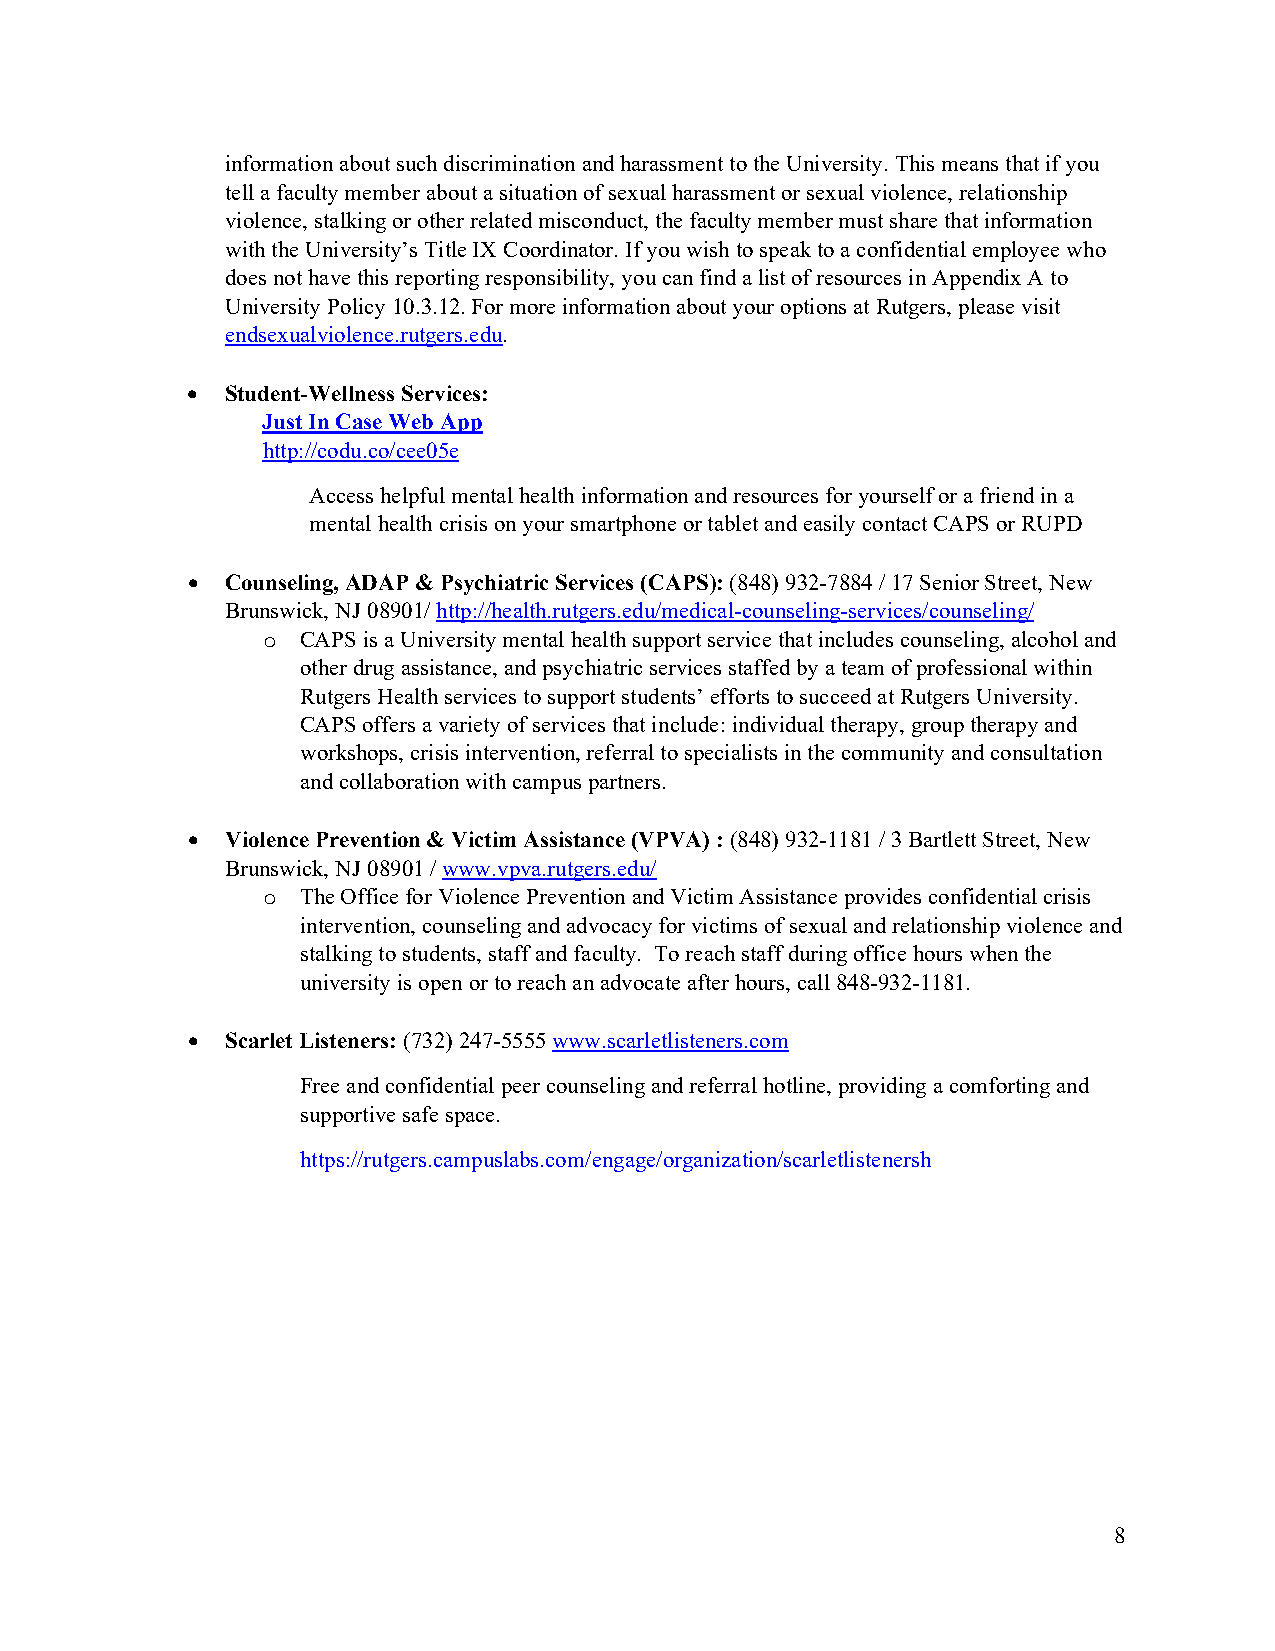
information about such discrimination and harassment to the University. This means that if you
 tell a faculty member about a situation of sexual harassment or sexual violence, relationship
 violence, stalking or other related misconduct, the faculty member must share that information
 with the University’s Title IX Coordinator. If you wish to speak to a confidential employee who
 does not have this reporting responsibility, you can find a list of resources in Appendix A to
 University Policy 10.3.12. For more information about your options at Rutgers, please visit
 endsexualviolence.rutgers.edu.
   Student-Wellness Services:
 Just In Case Web App
 http://codu.co/cee05e
 Access helpful mental health information and resources for yourself or a friend in a
 mental health crisis on your smartphone or tablet and easily contact CAPS or RUPD
   Counseling, ADAP & Psychiatric Services (CAPS): (848) 932-7884 / 17 Senior Street, New
 Brunswick, NJ 08901/ http://health.rutgers.edu/medical-counseling-services/counseling/
 o  CAPS is a University mental health support service that includes counseling, alcohol and
 other drug assistance, and psychiatric services staffed by a team of professional within
 Rutgers Health services to support students’ efforts to succeed at Rutgers University.
 CAPS offers a variety of services that include: individual therapy, group therapy and
 workshops, crisis intervention, referral to specialists in the community and consultation
 and collaboration with campus partners.
   Violence Prevention & Victim Assistance (VPVA) : (848) 932-1181 / 3 Bartlett Street, New
 Brunswick, NJ 08901 / www.vpva.rutgers.edu/
 o  The Office for Violence Prevention and Victim Assistance provides confidential crisis
 intervention, counseling and advocacy for victims of sexual and relationship violence and
 stalking to students, staff and faculty. To reach staff during office hours when the
 university is open or to reach an advocate after hours, call 848-932-1181.
   Scarlet Listeners: (732) 247-5555 www.scarletlisteners.com
 Free and confidential peer counseling and referral hotline, providing a comforting and
 supportive safe space.
 https://rutgers.campuslabs.com/engage/organization/scarletlistenersh
 8